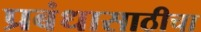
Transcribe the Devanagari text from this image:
प्रबंधासाठीचा